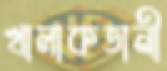
খালাকতানী